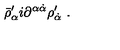
\bar { \rho } _ { \alpha } ^ { \prime } i \partial ^ { \alpha \dot { \alpha } } \rho _ { \dot { \alpha } } ^ { \prime } \ .